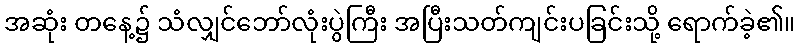
အဆုံး တနေ့၌ သံလျှင်ဘော်လုံးပွဲကြီး အပြီးသတ်ကျင်းပခြင်းသို့ ရောက်ခဲ့၏။